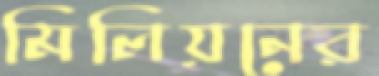
মিলিয়নের